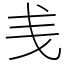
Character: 㦮